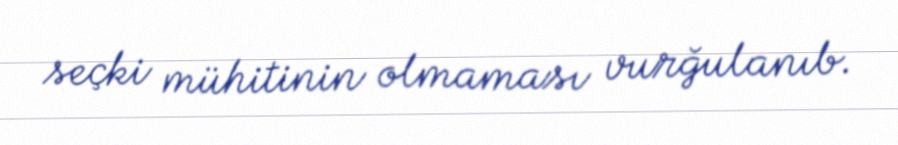
seçki mühitinin olmaması vurğulanıb.